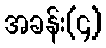
အခန်း(၄)